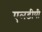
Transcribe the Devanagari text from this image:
एलडीपी